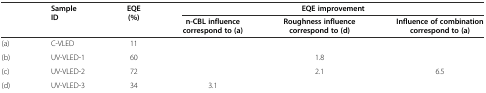
<table><thead><tr><td rowspan="2"></td><td rowspan="2"><b>Sample ID</b></td><td rowspan="2"><b>EQE (%)</b></td><td colspan="3"><b>EQE improvement</b></td></tr><tr><td><b>n-CBL influence correspond to (a)</b></td><td><b>Roughness influence correspond to (d)</b></td><td><b>Influence of combination correspond to (a)</b></td></tr></thead><tbody><tr><td>(a)</td><td>C-VLED</td><td>11</td><td></td><td></td><td></td></tr><tr><td>(b)</td><td>UV-VLED-1</td><td>60</td><td></td><td>1.8</td><td></td></tr><tr><td>(c)</td><td>UV-VLED-2</td><td>72</td><td></td><td>2.1</td><td>6.5</td></tr><tr><td>(d)</td><td>UV-VLED-3</td><td>34</td><td>3.1</td><td></td><td></td></tr></tbody></table>